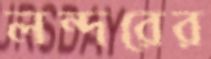
লন্দরের